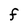
Character: F